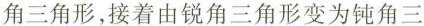
角三角形，接着由锐角三角形变为钝角三